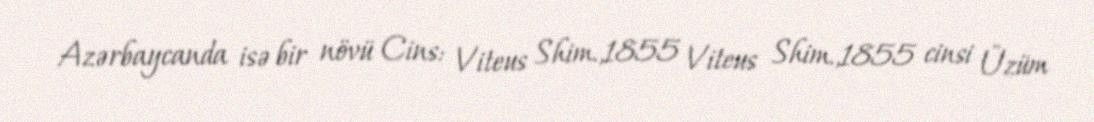
Azərbaycanda isə bir növü Cins: Viteus Shim.,1855 Viteus Shim.,1855 cinsi Üzüm